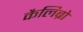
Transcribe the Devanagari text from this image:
कैलिब्रो